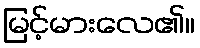
မြင့်မားလေ၏။